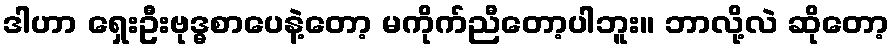
ဒါဟာ ရှေးဦးဗုဒ္ဓစာပေနဲ့တော့ မကိုက်ညီတော့ပါဘူး။ ဘာလို့လဲ ဆိုတော့